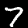
Label: 7